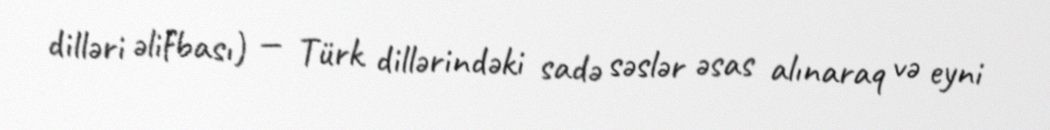
dilləri əlifbası) — Türk dillərindəki sadə səslər əsas alınaraq və eyni